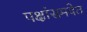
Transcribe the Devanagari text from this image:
पक्षांसमवेत